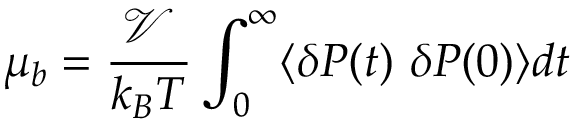
\mu _ { b } = \frac { \mathcal { V } } { k _ { B } T } \int _ { 0 } ^ { \infty } \langle \delta P ( t ) ~ \delta P ( 0 ) \rangle d t